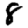
Digit: 8